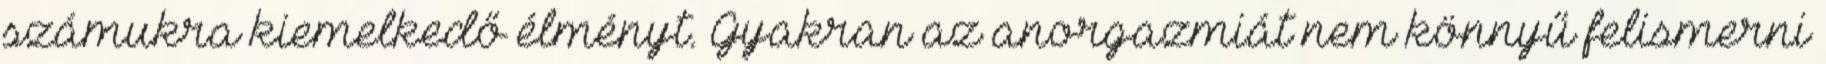
számukra kiemelkedő élményt. Gyakran az anorgazmiát nem könnyű felismerni